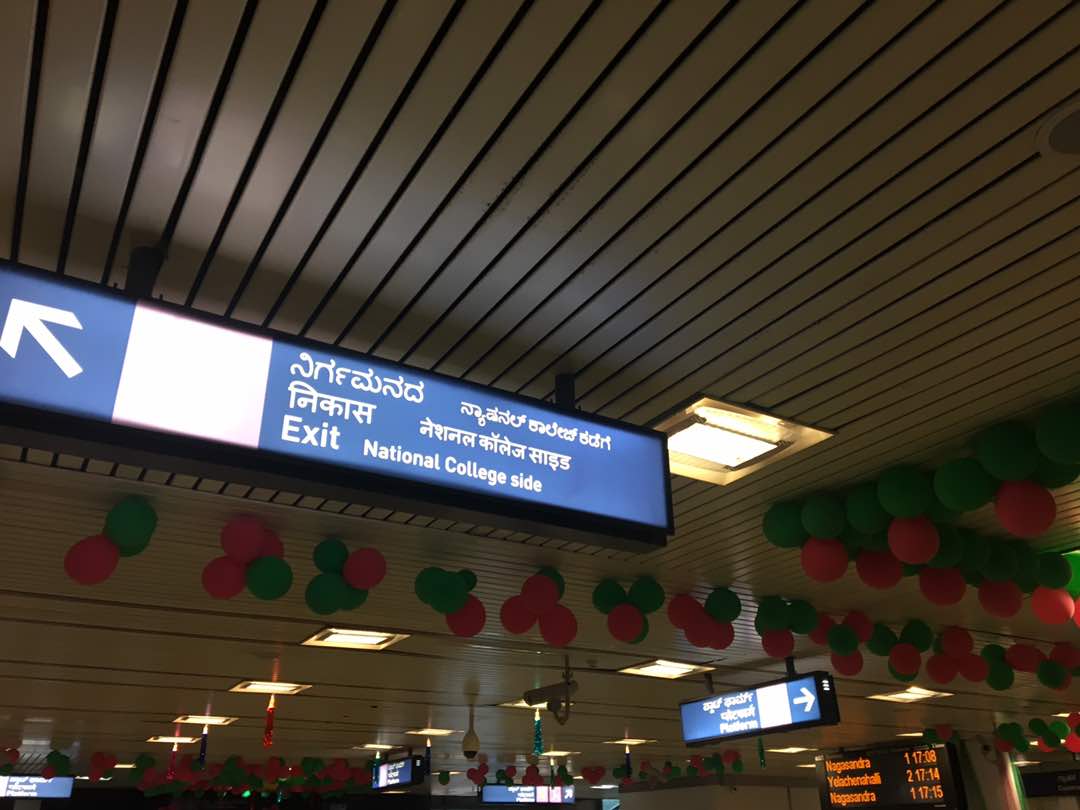
Language: kannada
Transcription: ನಿರ್ಗಮನದ